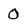
Character: O